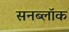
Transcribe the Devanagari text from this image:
सनब्लॉक